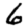
Digit: 6